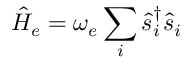
\hat { H } _ { e } = \omega _ { e } \sum _ { i } \hat { s } _ { i } ^ { \dagger } \hat { s } _ { i }